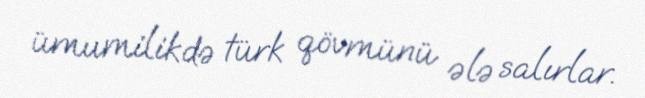
ümumilikdə türk qövmünü ələ salırlar.